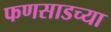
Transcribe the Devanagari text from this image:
फणसाडच्या